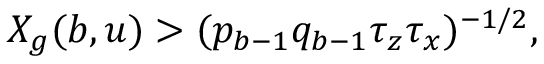
X _ { g } ( b , u ) > ( p _ { b - 1 } q _ { b - 1 } \tau _ { z } \tau _ { x } ) ^ { - 1 / 2 } ,